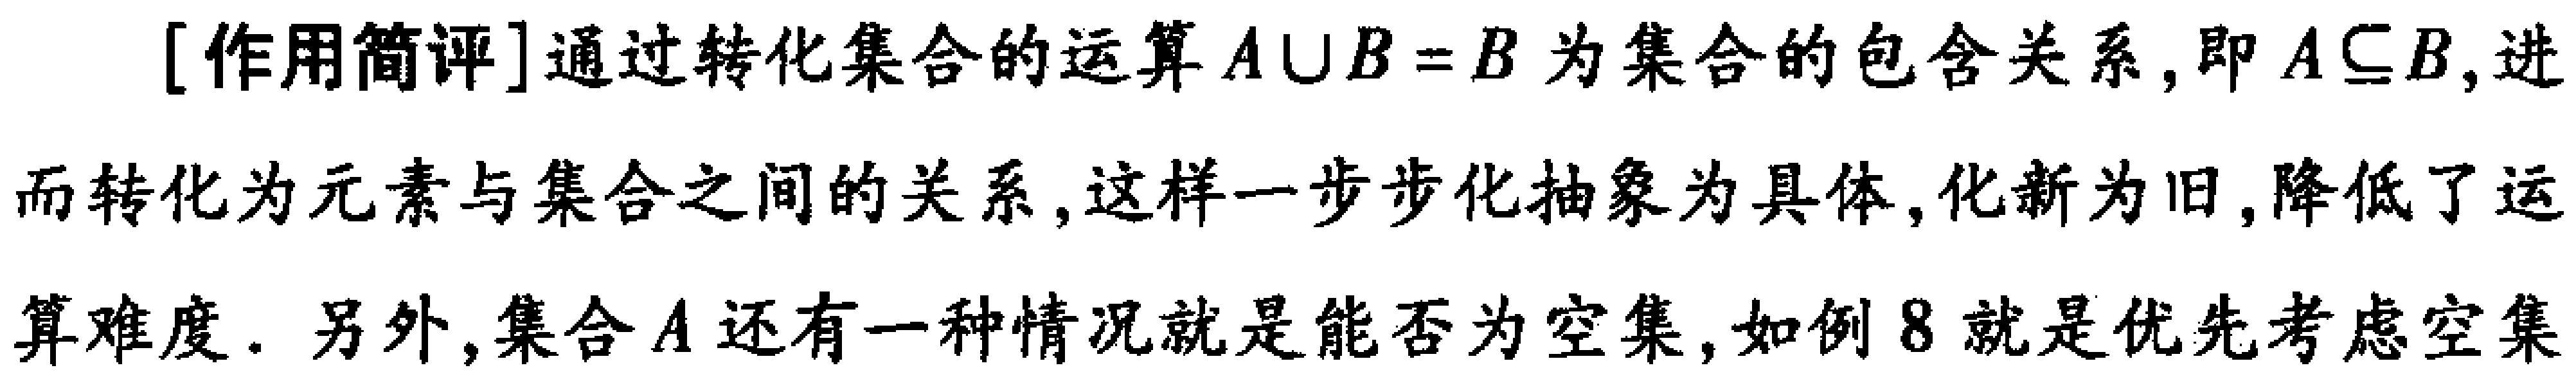
[作用简评]通过转化集合的运算$A\cup B = B$为集合的包含关系，即$A\subseteq B$,进而转化为元素与集合之间的关系, 这样一步步化抽象为具体, 化新为旧, 降低了运算难度. 另外,集合$A$还有一种情况就是能否为空集, 如例8就是优先考虑空集